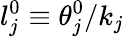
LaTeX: l_{j}^{0}\equiv\theta_{j}^{0}/k_{j}